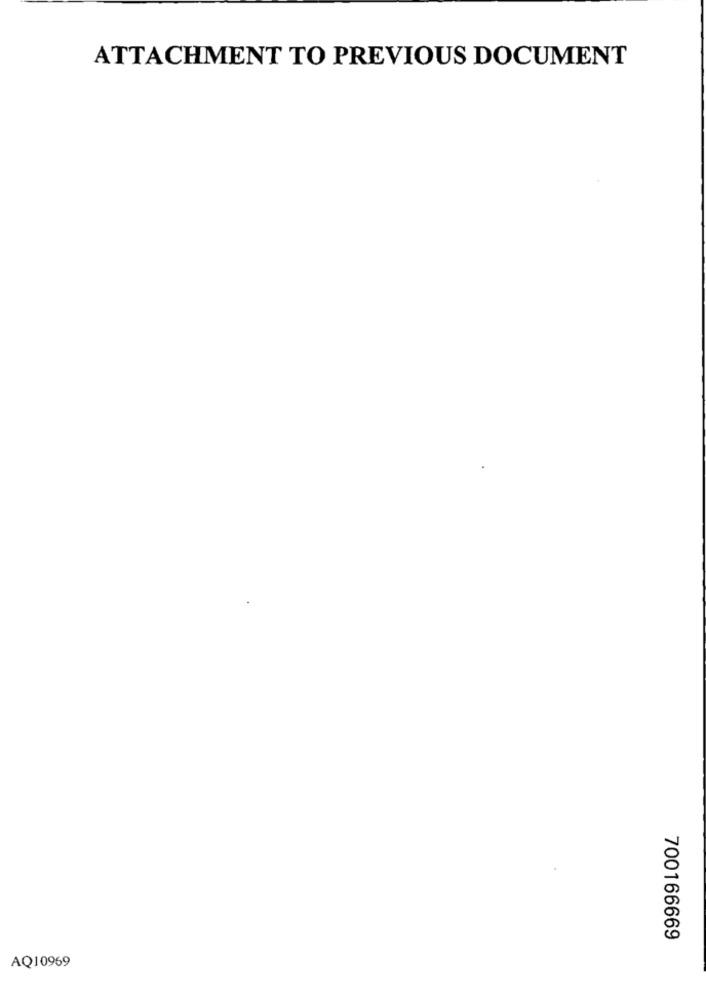
ATTACHMENT TO PREVIOUS DOCUMENT
700166669
AQ10969